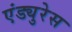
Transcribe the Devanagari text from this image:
एंड्युरेस